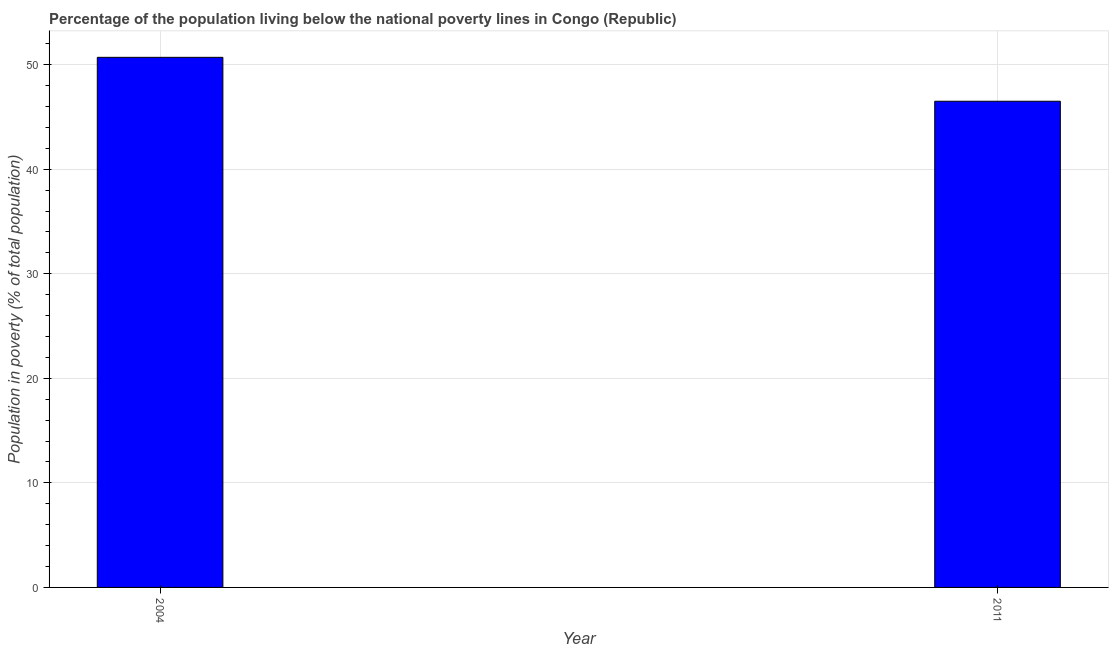
| Year | Poverty headcount ratio |
 | --- | --- |
 | 2004 | 50.7 |
 | 2011 | 46.5 |